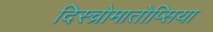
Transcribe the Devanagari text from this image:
दिस्च्रोमातोप्सिया